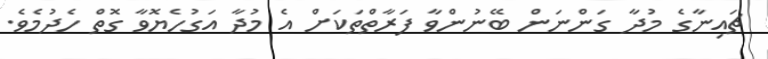
ޗައިނާގެ މުދާ ގަންނަން ބޭނުންވާ ފަރާތްތަކަށް އެ މުދާ އަގުހެޔޮވާ ގޮތް ހެދުމެވެ.